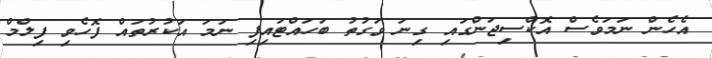
އެހެން ނަމަވެސް އޮކްސިޖަންގައި ގިނަ ވަގުތު ބަހައްޓައިފި ނަމަ އަކުރުތައް ފޮހެވި ފިލްމް